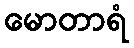
မောတာရံ